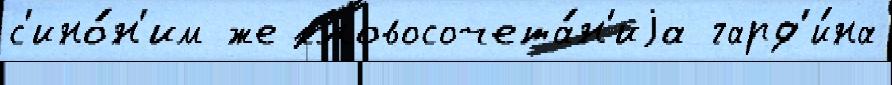
с'ино́н'им же словосочета́н'иjа гард'и́на